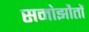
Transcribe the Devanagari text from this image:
समोझौतों